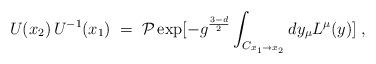
LaTeX: \begin{align*}U(x_2) \, U^{-1} (x_1) \;=\;{\cal P} \exp [ -g^{ \frac{3-d}{2} } \int_{C_{x_1 \to x_2}}dy_{\mu}L^{\mu} (y) ] \;,\end{align*}